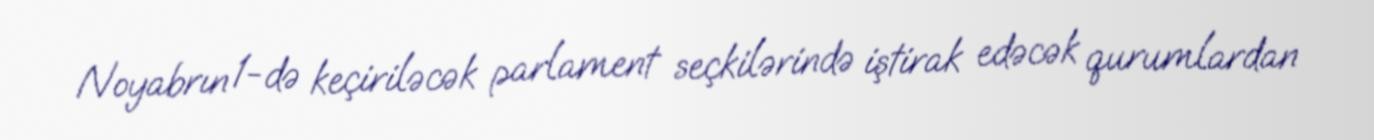
Noyabrın 1-də keçiriləcək parlament seçkilərində iştirak edəcək qurumlardan